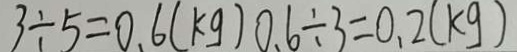
3 \div 5 = 0 . 6 ( k g ) 0 . 6 \div 3 = 0 . 2 ( k g )